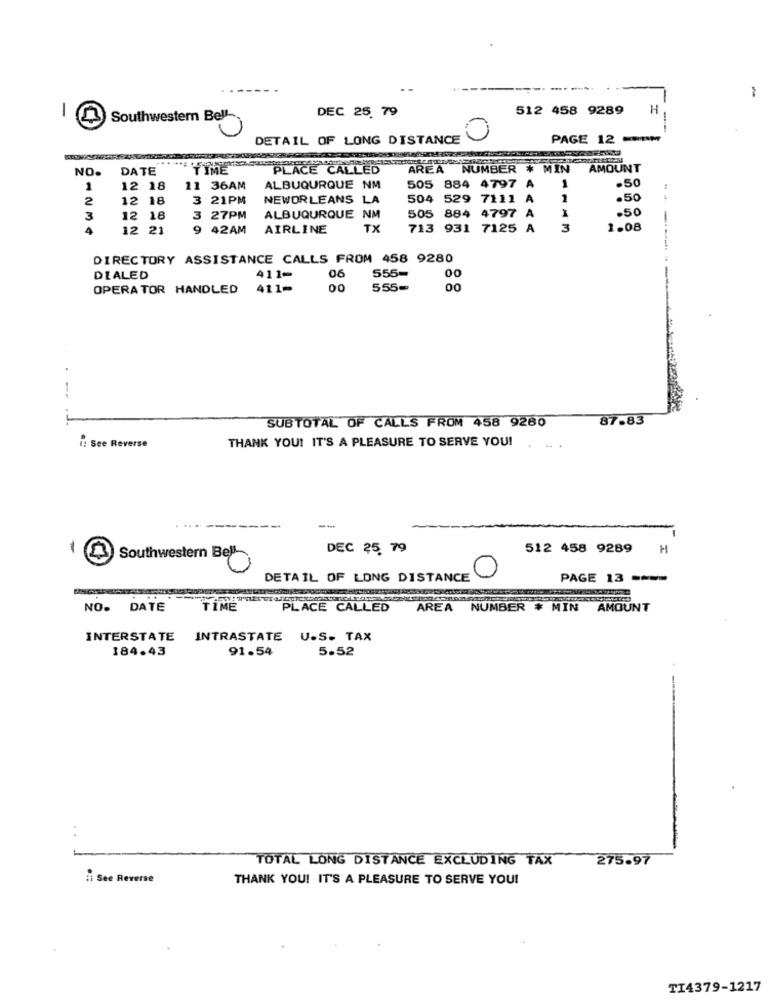
DEC 25, 79
512 458 9289
H
1
Southwestern Bell-
DETAIL OF LONG DISTANCE
PAGE 12 PM
NO.
DATE
TIME
PLACE CALLED
AREA
AREA NUMBER # MIN
AMOUNT
1
1
12 18
11 36AM
ALBUQURQUE NM
505 884
.50
2
12 18
3 21PM
NEWORLEANS LA
504 529
1
.50
505 884 4797
A
1
.50
3
12 18
3 27PM
ALBUQURQUE NM
4
12 21
9 42AM
AIRLINE
TX
713 931 7125 A
3
1.08
DIRECTORY ASSISTANCE CALLS FROM 458 9280
555=
DIALED
411-
06
00
OPERA TOR HANDLED
411-
00
555=
00
SUBTOTAL OF CALLS FROM 458 9280
87.83
: See Reverse
THANK YOU! IT'S A PLEASURE TO SERVE YOU! ...
--.
--
DEC 25 79
512 458 9289
H
1 2 Southwestern Bel
DETAIL OF LONG DISTANCE
PAGE 13 ----
NO.
DATE
TİME
PLACE CALLED AREA NUMBER # MIN AMOUNT
INTERSTATE
INTRASTATE U.S. TAX
184.43
91.54
5.52
..
TOTAL LONG DISTANCE EXCLUDING TAX
275.97
.i See Reverse
THANK YOU! IT'S A PLEASURE TO SERVE YOU!
TI4379-1217